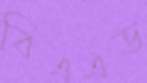
বিএএড